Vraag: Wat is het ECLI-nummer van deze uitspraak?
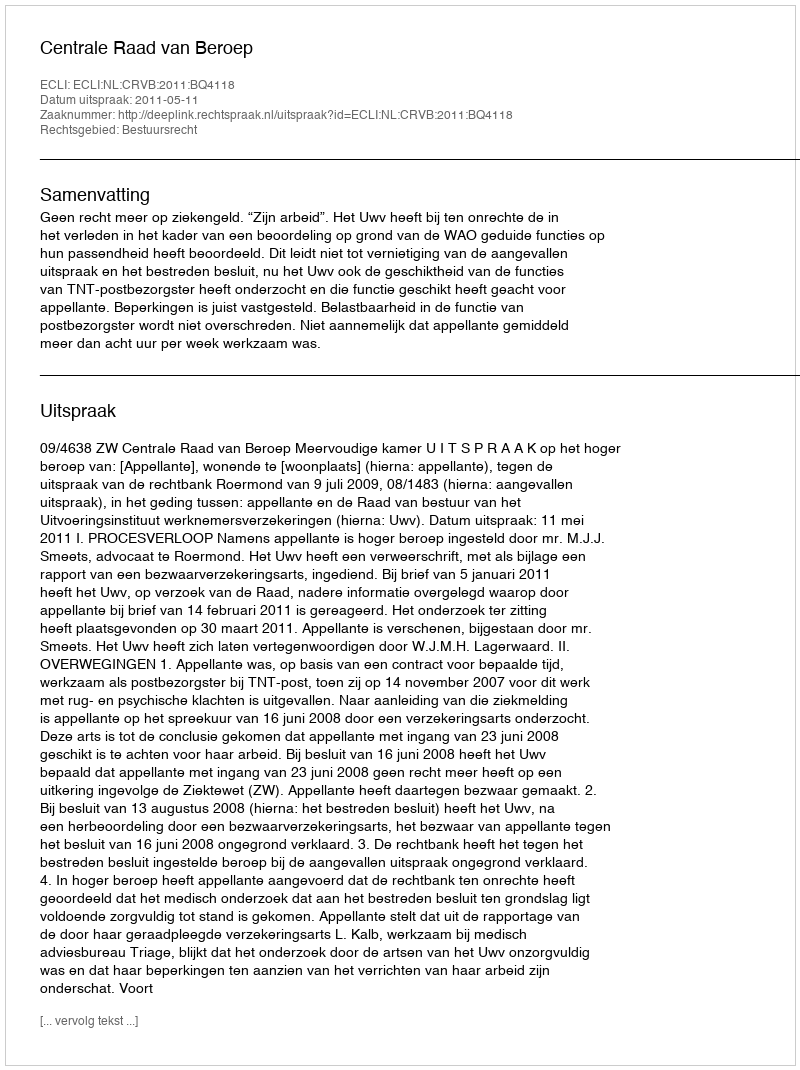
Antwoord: ECLI:NL:CRVB:2011:BQ4118